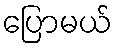
ပြောမယ်